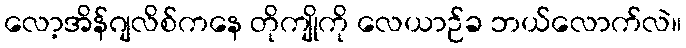
လော့အိန်ဂျလိစ်ကနေ တိုကျိုကို လေယာဉ်ခ ဘယ်လောက်လဲ။